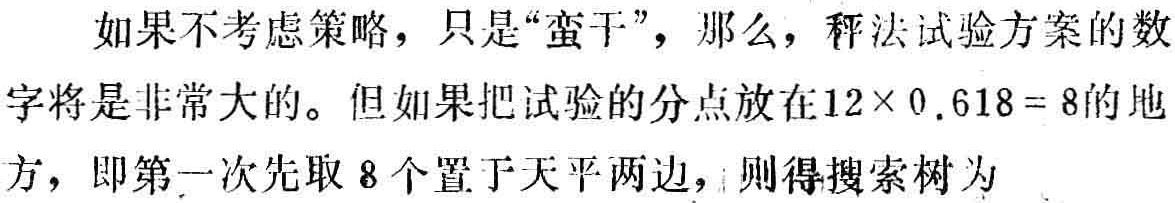
如果不考虑策略，只是“蛮干”，那么，秤法试验方案的数字将是非常大的。但如果把试验的分点放在\(12\times0.618 = 8\)的地方，即第一次先取 \(8\)个置于天平两边，则得搜索树为